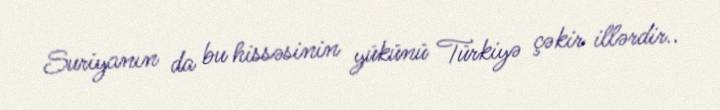
Suriyanın da bu hissəsinin yükünü Türkiyə çəkir illərdir..